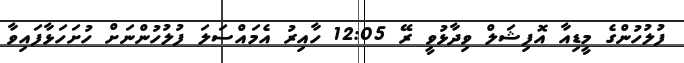
ފުލުހުންގެ މީޑިއާ އޮފިޝަލް ވިދާޅުވީ ރޭ 12:05 ހާއިރު އެމައްސަލަ ފުލުހުންނަށް ހުށަހަޅާފައިވާ